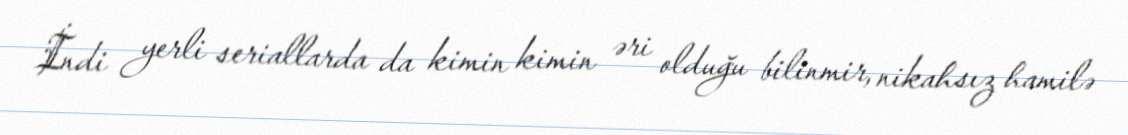
İndi yerli seriallarda da kimin kimin əri olduğu bilinmir, nikahsız hamilə